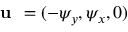
\textbf { u } = ( - \psi _ { y } , \psi _ { x } , 0 )